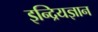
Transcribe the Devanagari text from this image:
इन्द्रियज्ञान